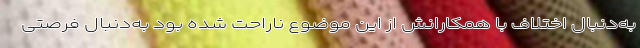
به‌دنبال اختلاف با همکارانش از این موضوع ناراحت شده بود به‌دنبال فرصتی